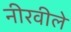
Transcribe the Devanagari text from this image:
नीरवीले